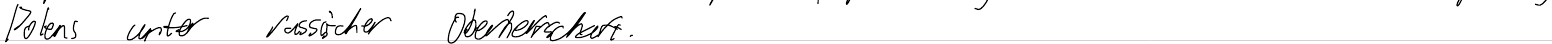
Polens unter russischer Oberherrschaft.